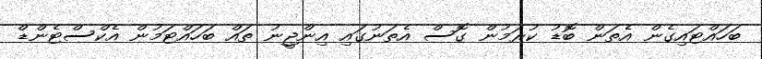
ބަހައްޓައިގެން އެތަން ބޮޑު ކުރަމުން ގޮސް އެތަނުގައި އިންޖީނު ތައް ބަހައްޓަމުން އެކްސްޓެންޑް